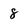
Character: 8